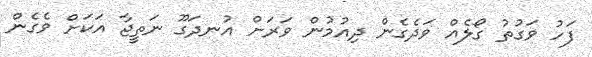
ފަހު ވަގުތު ގޯލެއް ވަދެގެން ދިއުމުން ވަރަށް އުނދަގޫ ނަތީޖާ އަކަށް ވެގެން